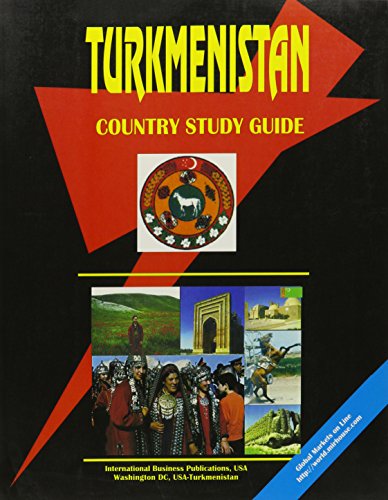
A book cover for Turkmenistan Country Study Guide; Ibp Usa; Travel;